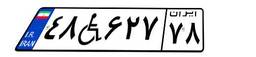
۴۸W۶۲۷۷۸